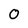
Character: O